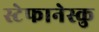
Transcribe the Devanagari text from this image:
स्टेफानेस्कु